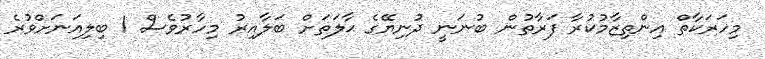
މިހަރަކާތް އިންތިޒާމުކުރާ ފަރާތުން ބުނަނީ ދުނިޔޭގެ ޙާލަތަށް ބަލާއިރު މިހާރުވެސް 1 ބިލިއަނަށްވުރެ